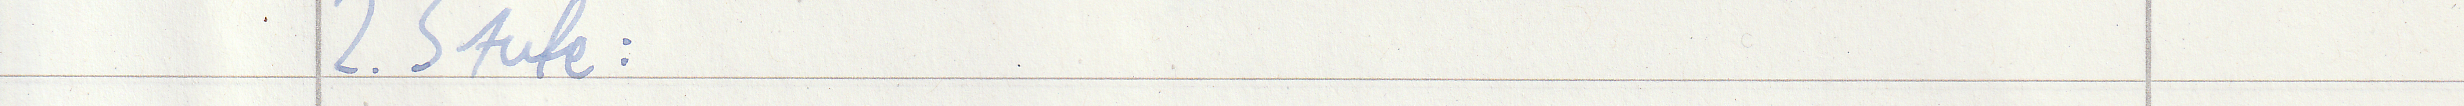
2. Stufe :